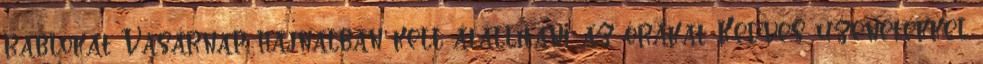
rablókat Vasárnap hajnalban kell átállítani az órákat Kedves üzenetekkel